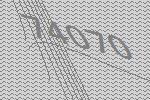
74070